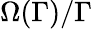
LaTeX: \Omega(\Gamma)/\Gamma